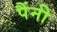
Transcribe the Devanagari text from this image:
पैंनी